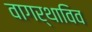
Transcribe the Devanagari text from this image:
वागर्थाविव